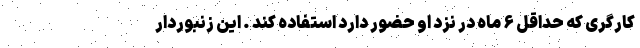
کارگری که حداقل ۶ ماه در نزد او حضور دارد استفاده کند . این زنبوردار